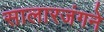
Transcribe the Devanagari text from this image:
सालारजंगने